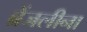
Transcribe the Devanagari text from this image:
ब्रेंजलीना